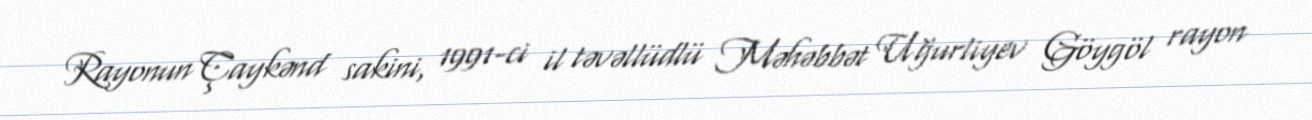
Rayonun Çaykənd sakini, 1991-ci il təvəllüdlü Məhəbbət Uğurliyev Göygöl rayon